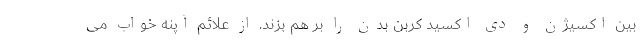
بین اکسیژن و دی اکسید کربن بدن را بر هم بزند. از علائم آپنه خواب می